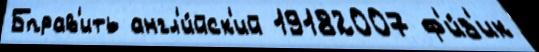
Бправ'ить англ'и́йск'ий 19182007 ф'и́з'ик